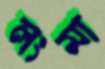
লংমা